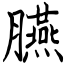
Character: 臙